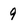
Character: 9